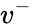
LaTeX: v^{-}